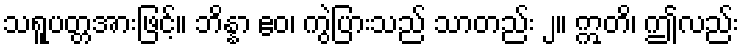
သရူပတ္တအားဖြင့်။ ဘိန္နာ ဧဝ၊ ကွဲပြားသည် သာတည်း ၂။ ဣတိ၊ ဤလည်း